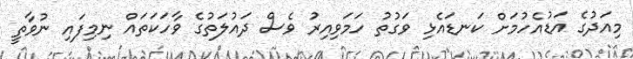
މިއަދުގެ އަޑުއެހުމަށް ކަނޑައެޅި ވަގުތު ހަމަވިއިރު ވެސް ދައުލަތުގެ ވާހަކަތައް ނިމިފައި ނުވާތީ